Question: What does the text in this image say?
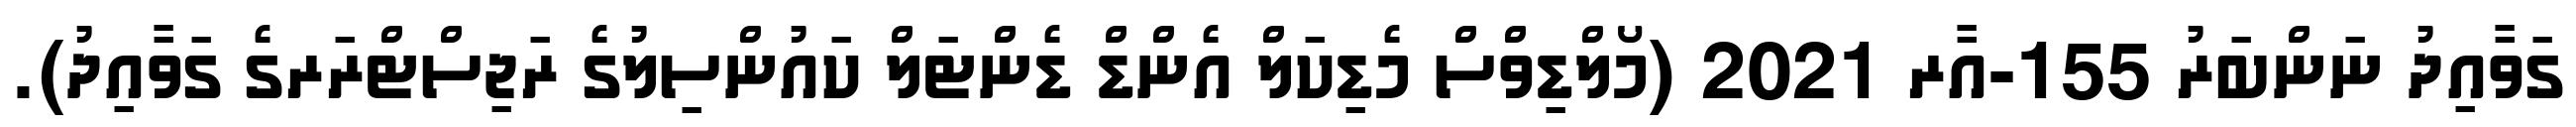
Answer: ގަވާއިދު ނަންބަރު 155-އާރ 2021 (މޯލްޑިވްސް މެޑިކަލް އެންޑް ޑެންޓަލް ކައުންސިލުގެ ރަޖިސްޓްރަރގެ ގަވާއިދު).